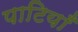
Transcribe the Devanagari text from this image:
पाटियाँ